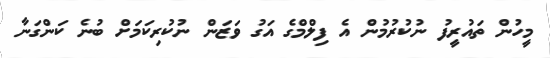
މީހުން ތައުރީފު ނުކުރުމުން އެ ފިލްމްގެ އަގު ވަޒަން ނުކުރިކަމަށް ބުނެ ކަންގަނާ